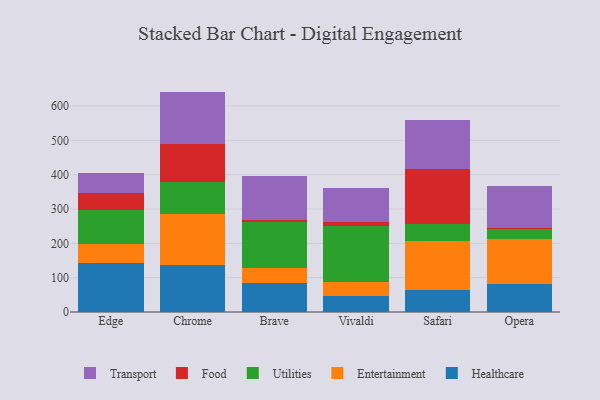
{"axis": {"x": "Browser", "y": "Demand Index"}, "legend": ["Entertainment", "Food", "Healthcare", "Transport", "Utilities"], "data": [{"x": "Edge", "y": 141.3, "type": "Healthcare"}, {"x": "Edge", "y": 55.8, "type": "Entertainment"}, {"x": "Edge", "y": 99.6, "type": "Utilities"}, {"x": "Edge", "y": 48.6, "type": "Food"}, {"x": "Edge", "y": 60.1, "type": "Transport"}, {"x": "Chrome", "y": 136.9, "type": "Healthcare"}, {"x": "Chrome", "y": 148.8, "type": "Entertainment"}, {"x": "Chrome", "y": 94.2, "type": "Utilities"}, {"x": "Chrome", "y": 110.9, "type": "Food"}, {"x": "Chrome", "y": 151.2, "type": "Transport"}, {"x": "Brave", "y": 83.3, "type": "Healthcare"}, {"x": "Brave", "y": 46.3, "type": "Entertainment"}, {"x": "Brave", "y": 131.7, "type": "Utilities"}, {"x": "Brave", "y": 6.9, "type": "Food"}, {"x": "Brave", "y": 127.1, "type": "Transport"}, {"x": "Vivaldi", "y": 46.2, "type": "Healthcare"}, {"x": "Vivaldi", "y": 39.8, "type": "Entertainment"}, {"x": "Vivaldi", "y": 163.5, "type": "Utilities"}, {"x": "Vivaldi", "y": 12.8, "type": "Food"}, {"x": "Vivaldi", "y": 99.2, "type": "Transport"}, {"x": "Safari", "y": 62.7, "type": "Healthcare"}, {"x": "Safari", "y": 143.9, "type": "Entertainment"}, {"x": "Safari", "y": 49.1, "type": "Utilities"}, {"x": "Safari", "y": 160.3, "type": "Food"}, {"x": "Safari", "y": 143.3, "type": "Transport"}, {"x": "Opera", "y": 80.9, "type": "Healthcare"}, {"x": "Opera", "y": 131.2, "type": "Entertainment"}, {"x": "Opera", "y": 28.8, "type": "Utilities"}, {"x": "Opera", "y": 5.0, "type": "Food"}, {"x": "Opera", "y": 119.8, "type": "Transport"}]}